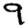
Digit: 9